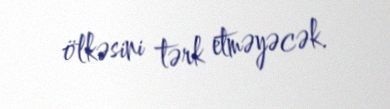
ölkəsini tərk etməyəcək.